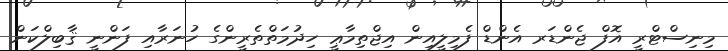
މިނިސްޓްރީ އޮފް ޖެންޑަރ އެންޑް ފެމިލީއިން އިޖްތިމާޢީ ހިދުމަތްތެރީންގެ ހުނަރާއި ފަންނީ ޤާބިލްކަން